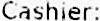
CASHIER: